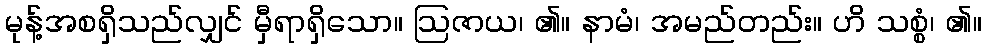
မုန့်အစရှိသည်လျှင် မှီရာရှိသော။ ဩဇာယ၊ ၏။ နာမံ၊ အမည်တည်း။ ဟိ သစ္စံ၊ ၏။